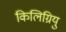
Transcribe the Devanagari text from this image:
किलिग्रियु